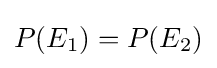
P(E_{1})=P(E_{2})